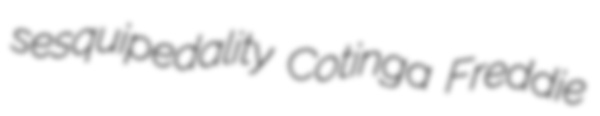
sesquipedality Cotinga Freddie